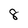
Character: 8